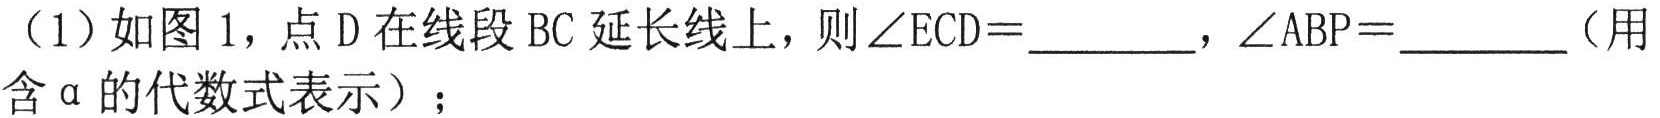
（1）如图 1，点 D 在线段 BC 延长线上，则\(\angle ECD = \_\_\_\_\_\)，\(\angle ABP = \_\_\_\_\_\)（用含\(\alpha\)的代数式表示）；